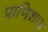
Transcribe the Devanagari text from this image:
प्राणिशात्र